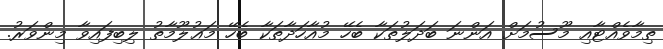
ތިމާވެއްޓާއި މޫސުމަށް އަންނަ ބަދަލުތަކާ ބެހޭ މުއާހަދާތަކާ ބެހޭ މަޢުލޫމާތު ލިބިފައިވާ މިންވަރު.